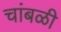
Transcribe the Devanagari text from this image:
चांबळी